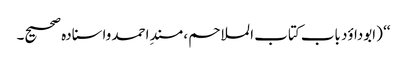
‘‘ (ابوداؤد باب کتاب الملاحم ، مسندِ احمد واسنادہ صحیح۔